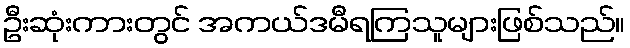
ဦးဆုံးကားတွင် အကယ်ဒမီရကြသူများဖြစ်သည်။